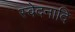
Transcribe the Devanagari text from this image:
स्वेदनादि